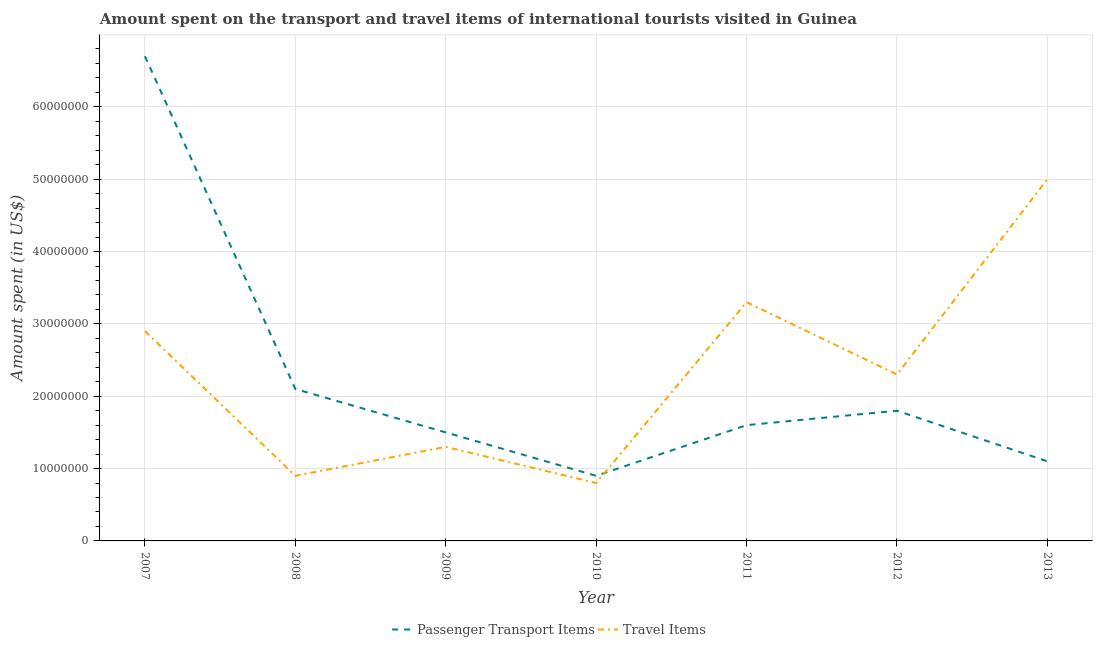
| Year | Passenger Transport Items | Travel Items |
 | --- | --- | --- |
 | 2007 | 6.7e+07 | 2.9e+07 |
 | 2008 | 2.1e+07 | 9e+06 |
 | 2009 | 1.5e+07 | 1.3e+07 |
 | 2010 | 9e+06 | 8e+06 |
 | 2011 | 1.6e+07 | 3.3e+07 |
 | 2012 | 1.8e+07 | 2.3e+07 |
 | 2013 | 1.1e+07 | 5e+07 |